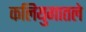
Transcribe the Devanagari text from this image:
कलियुगातले